Mobilization store table India
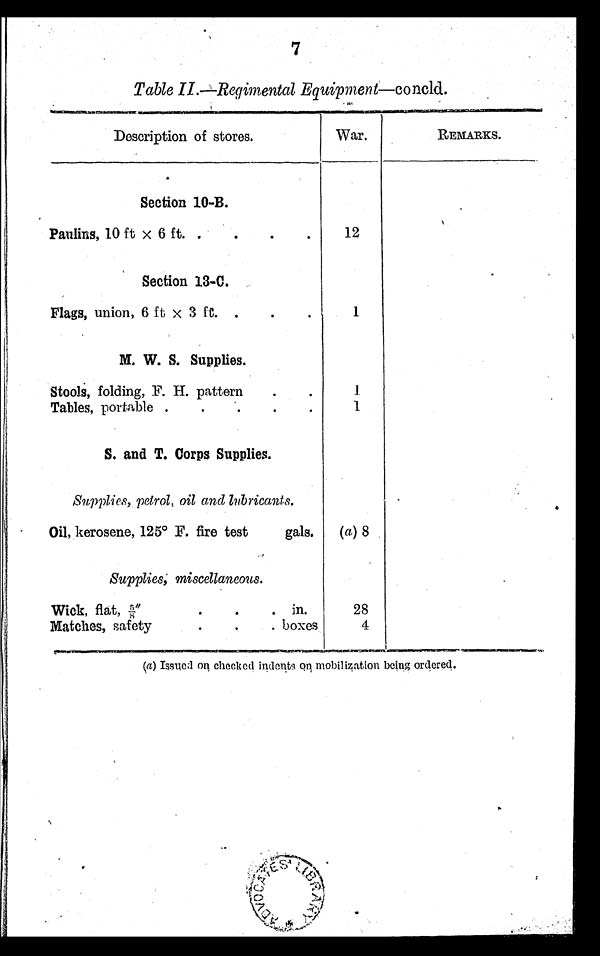
7
Table II.--Regimental Equipment-concld.
Description of stores.
War.
.
_
REMARKS.
Section 10-B.
.
Paulins, 10 ft x 6 ft. . . ..
1 2
Section 13-C.
Flags, union, 6 ft x 3 ft. .
.
.
1
M. W. S. Supplies.
Stools, folding, F. H. pattern . .
Tables, portable . . . . .
1
1
S. and T. Corps Supplies.
Supplies, petrol, oil and lubricants.
Oil, kerosene, 125° F. fire test
gals.
( a) 8
Supplies; miscellaneous.
Wick, flat,5/8"
. . .
in.
Matches, safety
. . .
boxes
28
4
(a) Issued on checked indents on mobilization being ordered.